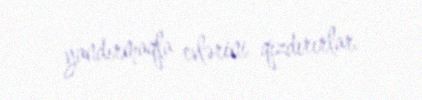
yandırmaqla evlərini qızdırırlar.